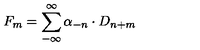
F _ { m } = \sum _ { - \infty } ^ { \infty } \alpha _ { - n } \cdot D _ { n + m }